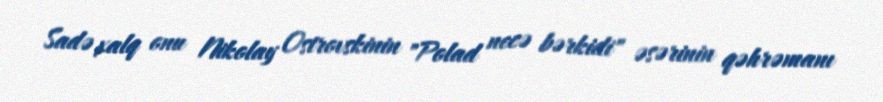
Sadə xalq onu Nikolay Ostrovskinin "Polad necə bərkidi" əsərinin qəhrəmanı